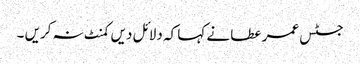
جسٹس عمر عطا نے کہا کہ دلائل دیں کمنٹ نہ کریں ۔